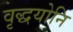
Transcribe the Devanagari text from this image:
वृद्धयोनि